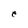
Character: e